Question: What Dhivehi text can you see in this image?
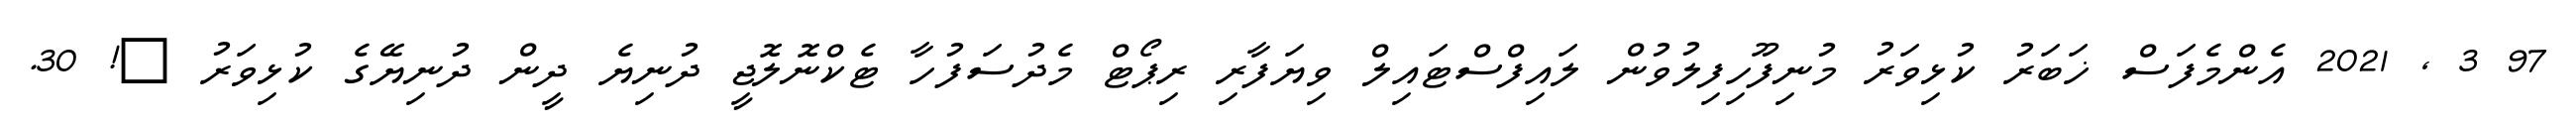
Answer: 97 3 , 2021 އެންމެފަސް ޚަބަރު ކުޅިވަރު މުނިފޫހިފިލުވުން ލައިފްސްޓައިލް ވިޔަފާރި ރިޕޯޓް މެދުސަފުހާ ޓެކްނޮލޮޖީ ދުނިޔެ ދީން ދުނިޔޭގެ ކުޅިވަރު ?! 30.